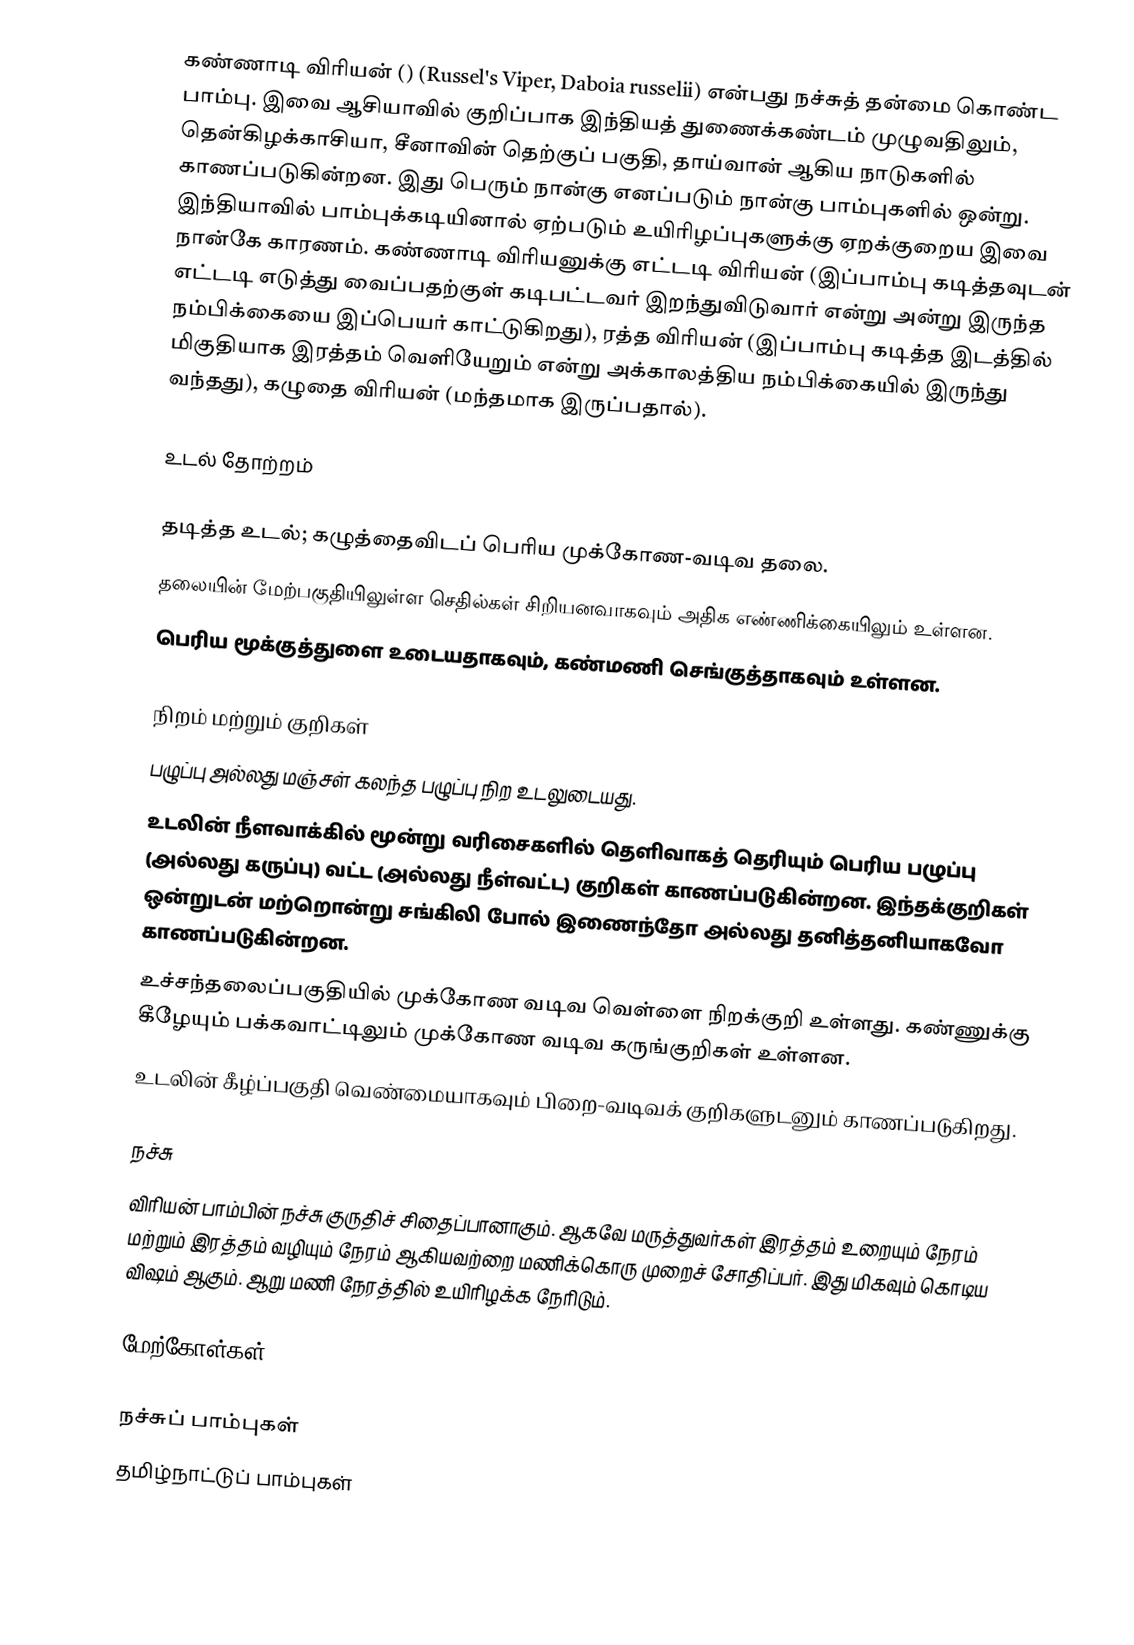
கண்ணாடி விரியன் () (Russel's Viper, Daboia russelii) என்பது நச்சுத் தன்மை கொண்ட பாம்பு. இவை ஆசியாவில் குறிப்பாக இந்தியத் துணைக்கண்டம் முழுவதிலும், தென்கிழக்காசியா, சீனாவின் தெற்குப் பகுதி, தாய்வான் ஆகிய நாடுகளில் காணப்படுகின்றன. இது பெரும் நான்கு எனப்படும் நான்கு பாம்புகளில் ஒன்று. இந்தியாவில் பாம்புக்கடியினால் ஏற்படும் உயிரிழப்புகளுக்கு ஏறக்குறைய இவை நான்கே காரணம். கண்ணாடி விரியனுக்கு எட்டடி விரியன் (இப்பாம்பு கடித்தவுடன் எட்டடி எடுத்து வைப்பதற்குள் கடிபட்டவர் இறந்துவிடுவார் என்று அன்று இருந்த நம்பிக்கையை இப்பெயர் காட்டுகிறது), ரத்த விரியன் (இப்பாம்பு கடித்த இடத்தில் மிகுதியாக இரத்தம் வெளியேறும் என்று அக்காலத்திய நம்பிக்கையில் இருந்து வந்தது), கழுதை விரியன் (மந்தமாக இருப்பதால்).

உடல் தோற்றம்

 தடித்த உடல்; கழுத்தைவிடப் பெரிய முக்கோண-வடிவ தலை.
 தலையின் மேற்பகுதியிலுள்ள செதில்கள் சிறியனவாகவும் அதிக எண்ணிக்கையிலும் உள்ளன.
 பெரிய மூக்குத்துளை உடையதாகவும், கண்மணி செங்குத்தாகவும் உள்ளன.

நிறம் மற்றும் குறிகள்
 பழுப்பு அல்லது மஞ்சள் கலந்த பழுப்பு நிற உடலுடையது.
 உடலின் நீளவாக்கில் மூன்று வரிசைகளில் தெளிவாகத் தெரியும் பெரிய பழுப்பு (அல்லது கருப்பு) வட்ட (அல்லது நீள்வட்ட) குறிகள் காணப்படுகின்றன. இந்தக்குறிகள் ஒன்றுடன் மற்றொன்று சங்கிலி போல் இணைந்தோ அல்லது தனித்தனியாகவோ காணப்படுகின்றன.
 உச்சந்தலைப்பகுதியில் முக்கோண வடிவ வெள்ளை நிறக்குறி உள்ளது. கண்ணுக்கு கீழேயும் பக்கவாட்டிலும் முக்கோண வடிவ கருங்குறிகள் உள்ளன.
 உடலின் கீழ்ப்பகுதி வெண்மையாகவும் பிறை-வடிவக் குறிகளுடனும் காணப்படுகிறது.

நச்சு
விரியன் பாம்பின் நச்சு குருதிச் சிதைப்பானாகும். ஆகவே மருத்துவர்கள் இரத்தம் உறையும் நேரம் மற்றும் இரத்தம் வழியும் நேரம் ஆகியவற்றை மணிக்கொரு முறைச் சோதிப்பர். இது மிகவும் கொடிய விஷம் ஆகும். ஆறு மணி நேரத்தில் உயிரிழக்க நேரிடும்.

மேற்கோள்கள்

நச்சுப் பாம்புகள்
தமிழ்நாட்டுப் பாம்புகள்